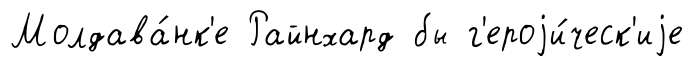
Молдава́нк'е Райнхард бы г'ероjи́ческ'иjе